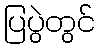
ပြပွဲတွင်